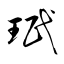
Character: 珉